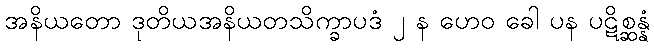
အနိယတော ဒုတိယအနိယတသိက္ခာပဒံ ၂ န ဟေဝ ခေါ ပန ပဋိစ္ဆန္နံ